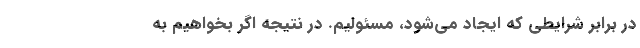
در برابر شرایطی که ایجاد می‌شود، مسئولیم. در نتیجه اگر بخواهیم به